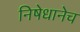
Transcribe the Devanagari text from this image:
निषेधानेच